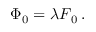
\boldsymbol \Phi _ { 0 } = \lambda \boldsymbol F _ { 0 } \, .